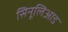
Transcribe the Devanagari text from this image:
सिनूलिआड